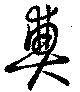
奠